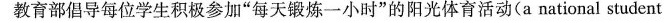
教育部倡导每位学生积极参加“每天锻炼一小时"的阳光体育活动(a national student